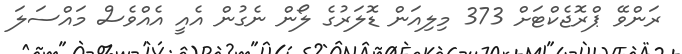
ރަންވޭ ޕްރޮޖެކްޓަށް 373 މިލިއަން ޑޮލަރުގެ ލޯން ނެގުން އެއީ އެއްވެސް މައްސަލަ